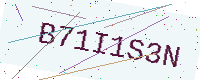
Text: B71I1S3N